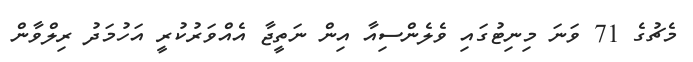
މެޗުގެ 71 ވަނަ މިނިޓުގައި ވެލެންސިއާ އިން ނަތީޖާ އެއްވަރުކުރީ އަހުމަދު ރިލްވާން